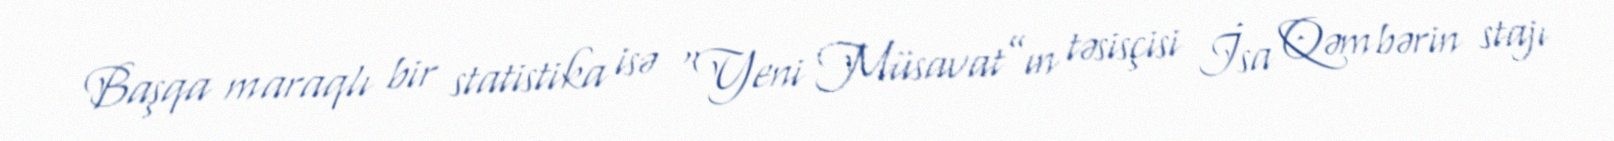
Başqa maraqlı bir statistika isə “Yeni Müsavat”ın təsisçisi İsa Qəmbərin stajı